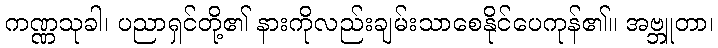
ကဏ္ဏသုခါ၊ ပညာရှင်တို့၏ နားကိုလည်းချမ်းသာစေနိုင်ပေကုန်၏။ အဗ္ဘူတာ၊